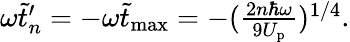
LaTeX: \begin{array}{r}{\omega\tilde{t}_{n}^{\prime}=-\omega\tilde{t}_{\mathrm{max}}=-(\frac{2n\hbar\omega}{9U_{\mathrm{p}}})^{1/4}.}\end{array}